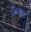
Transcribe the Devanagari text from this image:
सिनेगृह